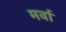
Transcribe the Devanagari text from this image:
मर्वा